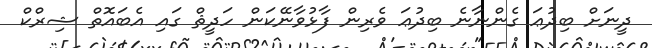
ދީނަށް ބިދުޢަ ގެންނާނެ ބިދުޢަ ވެރިން ފާޅުވާނޭކަން ހަދީޘް ގައި އެބައޮތް ޝިރްކް